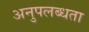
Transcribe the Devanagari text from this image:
अनुपलब्‍धता